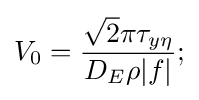
V_{0}={\frac {{\sqrt {2}}\pi \tau _{y\eta }}{D_{E}\rho |f|}};\,\!